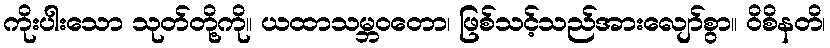
ကိုးပါးသော သုတ်တို့ကို။ ယထာသမ္ဘဝတော၊ ဖြစ်သင့်သည်အားလျော်စွာ။ ဝိစိနတိ၊